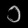
Digit: ၁